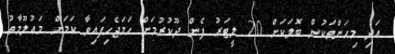
އަދި މިހަންތަކުން ބޮލަކަށް 20 ލީޓަރު ފެން ދޫކުރުމަށް ހަމަޖެހިފައިވާ ކަމަށް މަޢުލޫމާތު